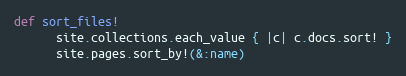
Language: Ruby
def sort_files!
      site.collections.each_value { |c| c.docs.sort! }
      site.pages.sort_by!(&:name)